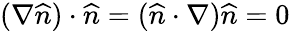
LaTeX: (\nabla\widehat{n})\cdot\widehat{n}=(\widehat{n}\cdot\nabla)\widehat{n}=0